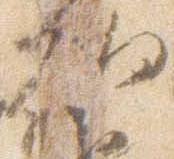
朝